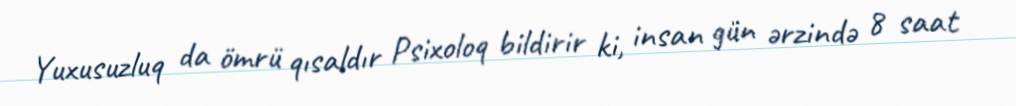
Yuxusuzluq da ömrü qısaldır Psixoloq bildirir ki, insan gün ərzində 8 saat